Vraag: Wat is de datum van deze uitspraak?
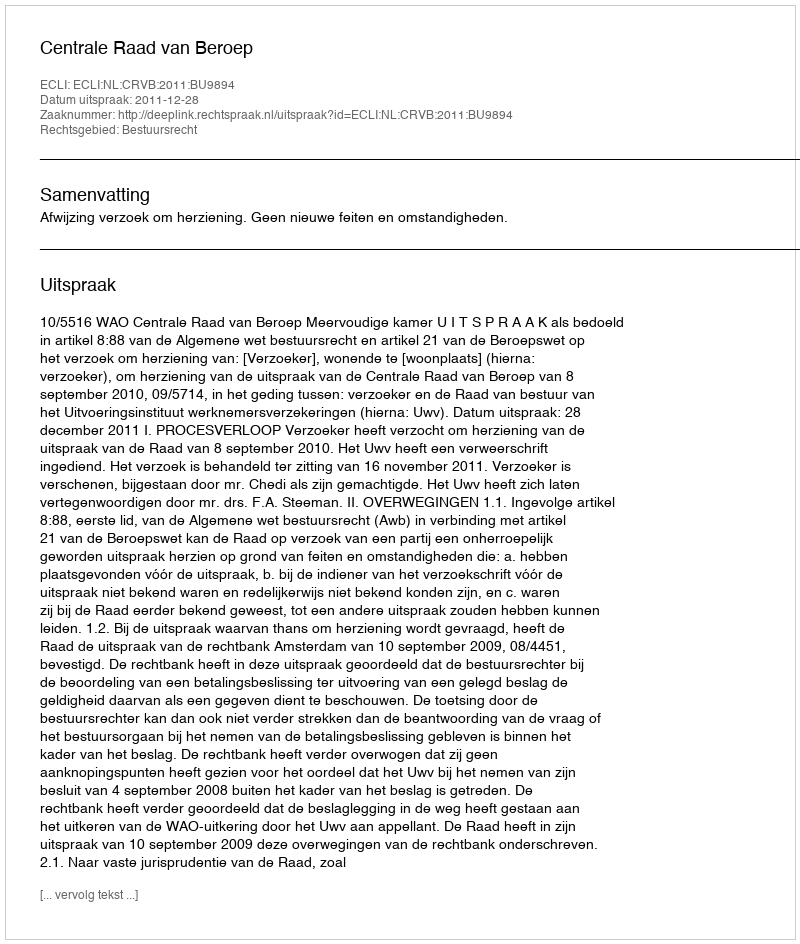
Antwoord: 2011-12-28